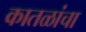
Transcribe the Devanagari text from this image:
कातळांचा